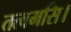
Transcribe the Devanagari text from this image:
तत्वमसि।